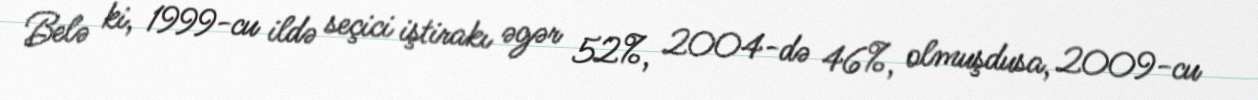
Belə ki, 1999-cu ildə seçici iştirakı əgər 52%, 2004-də 46%, olmuşdusa, 2009-cu